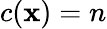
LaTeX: c(\mathbf{x})=n